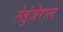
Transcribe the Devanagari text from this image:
नेडुंजेराल